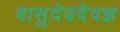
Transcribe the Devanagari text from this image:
वासुदेवदैवज्ञ